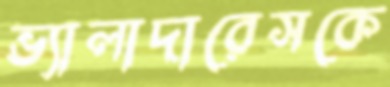
ভ্যালাদারেসকে